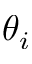
\theta _ { i }